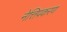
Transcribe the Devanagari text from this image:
नेत्तिपकरण